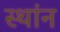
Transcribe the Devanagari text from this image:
स्थांन